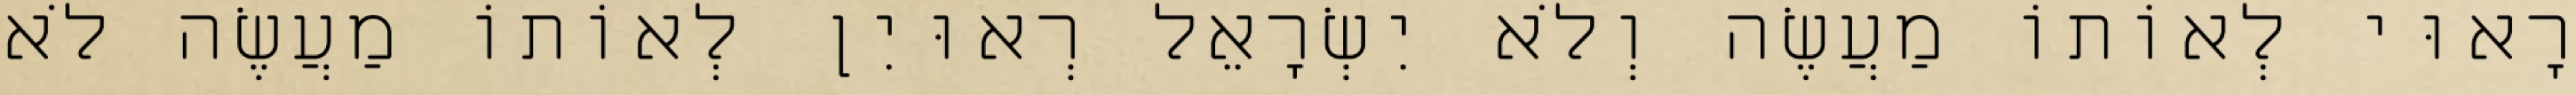
רָאוּי לְאוֹתוֹ מַעֲשֶׂה וְלֹא יִשְׂרָאֵל רְאוּיִן לְאוֹתוֹ מַעֲשֶׂה לֹא